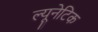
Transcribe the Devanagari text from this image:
ल्यूनेटिक